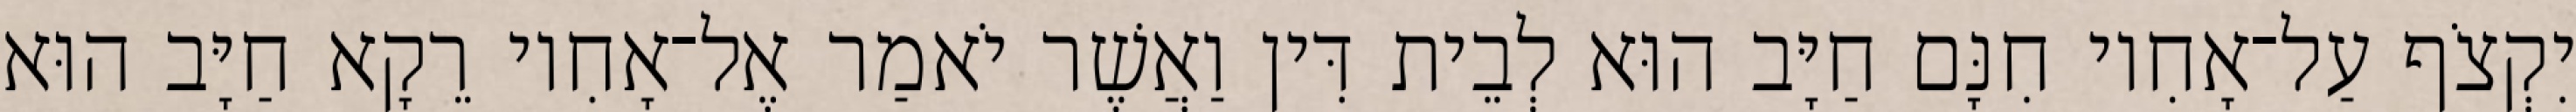
יִקְצֹף עַל־אָחִיו חִנָּם חַיָּב הוּא לְבֵית דִּין וַאֲשֶׁר יֹאמַר אֶל־אָחִיו רֵקָא חַיָּב הוּא